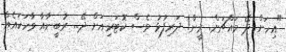
"އިހަށް ދޭ މައްޗަށް. ރީން! ދަރިފުޅު ވެސް ކޮޓަރިއަށް ދޭ... ރުބީނާއާ ވާހަކައެއް